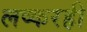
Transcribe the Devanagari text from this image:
लष्करही